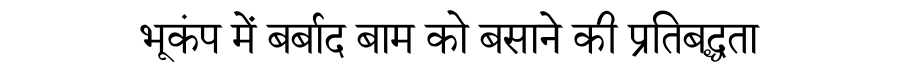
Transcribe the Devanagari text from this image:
भूकंप में बर्बाद बाम को बसाने की प्रतिबद्धता